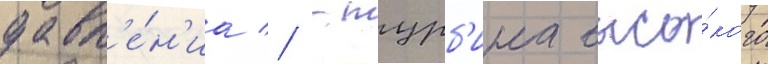
давл'е́н'иа // -турб'ина высо́кого